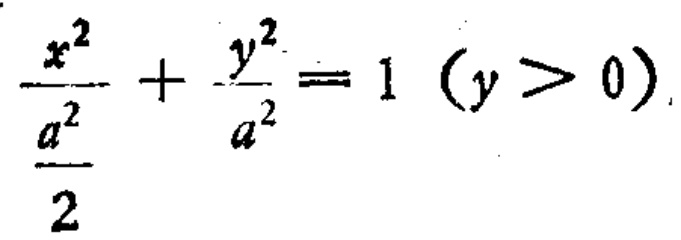
\frac{x^{2}}{\frac{a^{2}}{2}}+\frac{y^{2}}{a^{2}} = 1\ (y > 0)